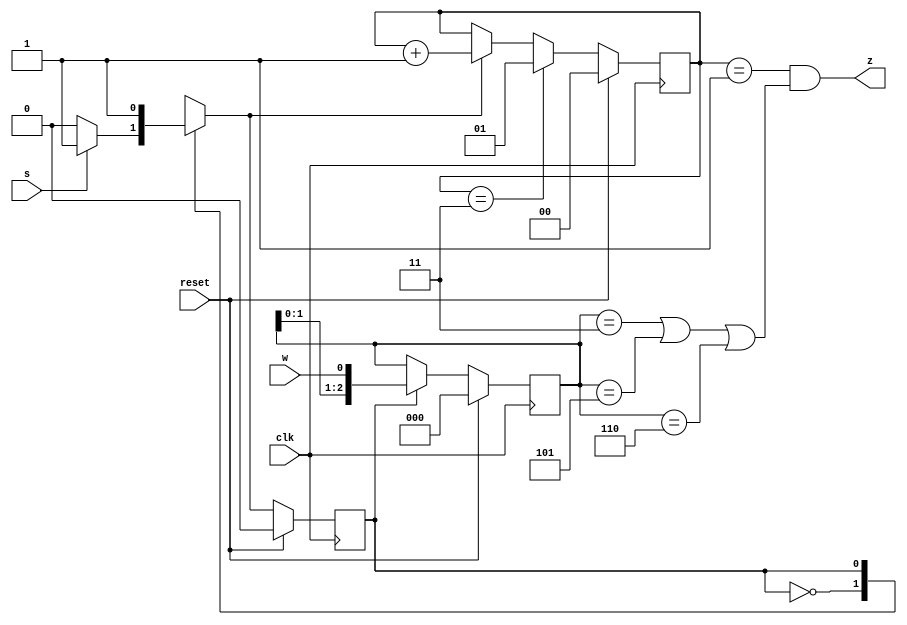
module top_module (
    input clk,
    input reset,   // Synchronous reset
    input s,
    input w,
    output z
);
   parameter A=1'b0, B=1'b1;
    reg state, next;
    reg [1:0] cnt;
    reg [2:0] buffer;
 // state transition logic
    always @(*) begin
        case (state)
            A:next=s?B:A;
            B:next=B;
        endcase
    end
 
 // state registers 
    always @(posedge clk) begin
        if (reset) state<=A;
        else state<=next;
    end
    
    
 // buffer to receive sequential data 
    always @ (posedge clk) begin
        if (reset) buffer<=3'b0;
        else if (state==B) begin
            buffer[2:0]<={buffer[1:0],w};
        end
    end
    
 // counters
    always @(posedge clk) begin
        if (reset) cnt<=2'b0;
        else if (cnt==2'd3) begin
            cnt<=1;
        end
        else if (next==B) begin
            cnt<=cnt+1;
        end
    end
    
 //output 
    assign z = (cnt==1) & ((buffer==3'b011) | (buffer==3'b101) | (buffer==3'b110) );

endmodule